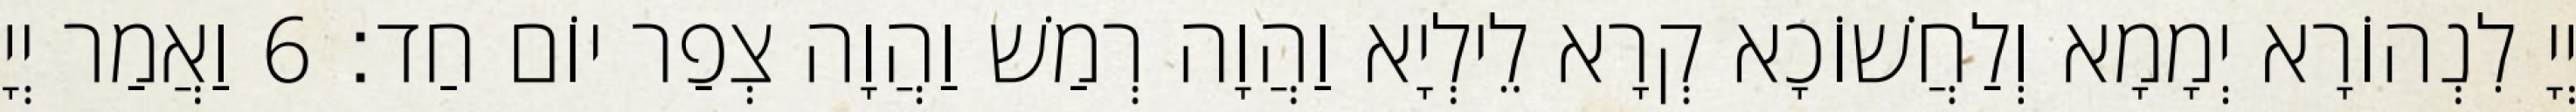
יְיָ לִנְהוֹרָא יְמָמָא וְלַחֲשׁוֹכָא קְרָא לֵילְיָא וַהֲוָה רְמַשׁ וַהֲוָה צְפַר יוֹם חַד׃ 6 וַאֲמַר יְיָ